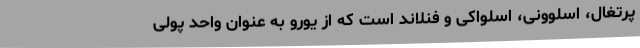
پرتغال، اسلوونی، اسلواکی و فنلاند است که از یورو به عنوان واحد پولی